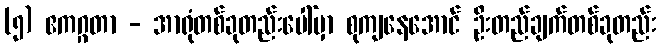
(၅) ဧကဂ္ဂတာ - အာရုံတစ်ခုတည်းပေါ်မှာ စုကျနေအောင် ဦးတည်ချက်တစ်ခုတည်း